Civil Veterinary Department. United Provinces 1932-42 - 1932-1942
Year: 1932
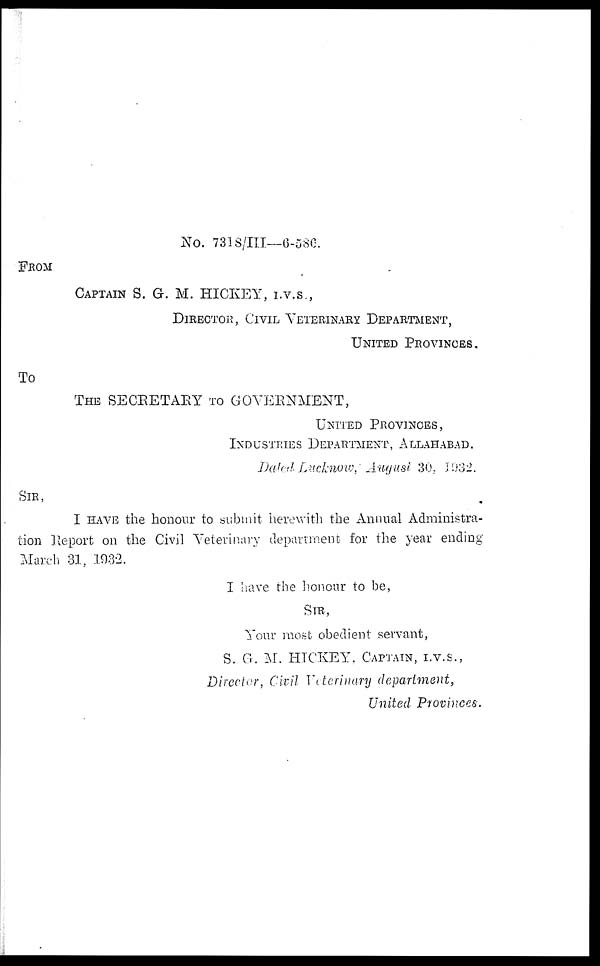
No. 7318/III—6-586.
FROM
CAPTAIN S. G. M. HICKEY, I.V.S.,
DIRECTOR, CIVIL VETERINARY DEPARTMENT,
UNITED PROVINCES.
TO
THE SECRETARY TO GOVERNMENT,
UNITED PROVINCES,
INDUSTRIES DEPARTMENT, ALLAHABAD.
Dated Lucknow, August 30, 1932.
SIR,
I HAVE the honour to submit herewith the Annual Administra-
tion Report on the Civil Veterinary department for the year ending
March 31, 1932.
I have the honour to be,
SIR,
Your most obedient servant,
S. G. M. HICKEY, CAPTAIN, I.V.S.,
Director, Civil Veterinary department,
United Provinces.